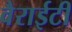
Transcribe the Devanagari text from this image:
वैराईटी